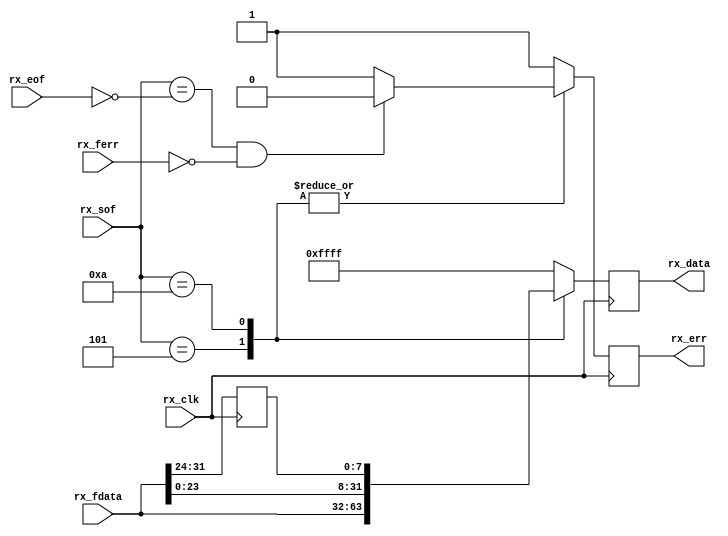
module cf_jesd_align_2 (
  rx_clk,
  rx_sof,
  rx_eof,
  rx_ferr,
  rx_fdata,
  rx_err,
  rx_data);
  input           rx_clk;
  input   [ 3:0]  rx_sof;
  input   [ 3:0]  rx_eof;
  input   [ 3:0]  rx_ferr;
  input   [31:0]  rx_fdata;
  output          rx_err;
  output  [31:0]  rx_data;
  reg     [ 7:0]  rx_fdata_d = 'd0;
  reg             rx_err = 'd0;
  reg     [31:0]  rx_data = 'd0;
  wire    [ 3:0]  rx_eof_s;
  wire            rx_err_s;
  assign rx_eof_s = ~rx_eof;
  assign rx_err_s = ((rx_sof == rx_eof_s) && (rx_ferr == 4'd0)) ? 1'b0 : 1'b1;
  always @(posedge rx_clk) begin
    rx_fdata_d <= rx_fdata[31:24];
    case (rx_sof)
      4'b0101: begin
        rx_err <= rx_err_s;
        rx_data <= rx_fdata;
      end
      4'b1010: begin
        rx_err <= rx_err_s;
        rx_data <= {rx_fdata[23:0], rx_fdata_d};
      end
      default: begin
        rx_err <= 1'b1;
        rx_data <= 32'hffff;
      end
    endcase
  end
endmodule